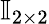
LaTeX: \mathbb{I}_{2\times 2}